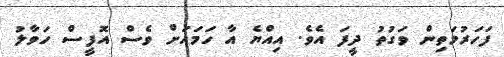
ފަހަރުމަތިން ވަގުތު ދީފަ އެވެ. އިއްޔެ އާ ހަމައަށް ވެސް އޮފީސް ހަވާލު